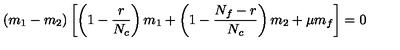
( m _ { 1 } - m _ { 2 } ) \left[ \left( 1 - \frac { r } { N _ { c } } \right) m _ { 1 } + \left( 1 - \frac { N _ { f } - r } { N _ { c } } \right) m _ { 2 } + \mu m _ { f } \right] = 0